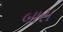
બાસ